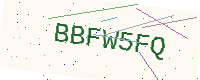
Text: BBFW5FQ